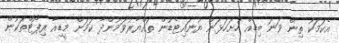
އެކަމަކު ތިން ވަނަ ބިޑެއް ހުށަހަޅަން ޔުނައިޓެޑުން ތައްޔާރުވަމުންދާ ކަމަށް މީޑިިއާ ރިޕޯޓްތަކުން